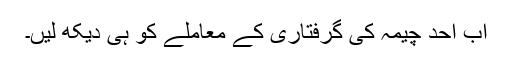
اب احد چیمہ کی گرفتاری کے معاملے کو ہی دیکھ لیں۔